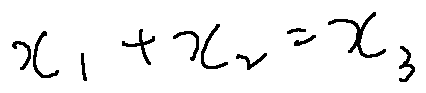
x _ { 1 } + x _ { 2 } = x _ { 3 }